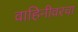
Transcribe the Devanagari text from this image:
वाहिनीवरचा